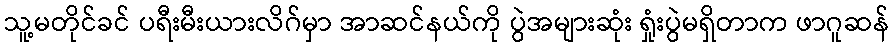
သူ့မတိုင်ခင် ပရီးမီးယားလိဂ်မှာ အာဆင်နယ်ကို ပွဲအများဆုံး ရှုံးပွဲမရှိတာက ဖာဂူဆန်